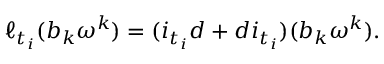
\ell _ { t _ { i } } ( b _ { k } \omega ^ { k } ) = ( i _ { t _ { i } } d + d i _ { t _ { i } } ) ( b _ { k } \omega ^ { k } ) .